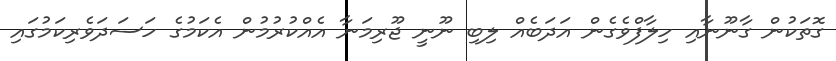
ގޮތަކުން ގާނޫނާއި ހިލާފްވެގެން އަދަބެއް ލިބި ނޫނީ ޖޫރިމަނާ އެއްކުރުމުން އެކަމުގެ ހަސަދަވެރިކަމުގައި